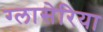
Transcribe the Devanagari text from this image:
ग्लासेरिया